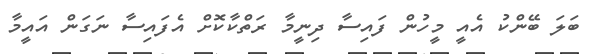
ބަލަ ބޭންކު އެއީ މީހުން ފައިސާ ދިނީމާ ރަތްކާކޮށް އެފައިސާ ނަގަން އައީމާ